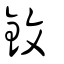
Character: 鈫